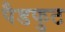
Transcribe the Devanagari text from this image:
पैडफुट